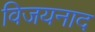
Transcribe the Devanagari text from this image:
विजयनाद